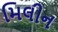
મિલીન